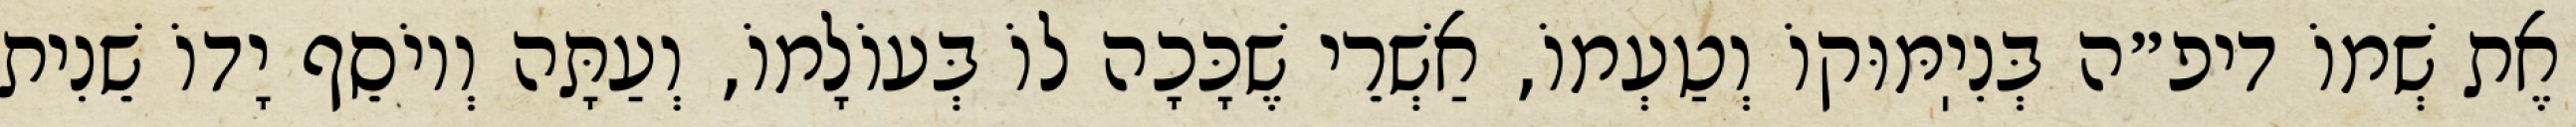
אֶת שְׁמוֹ דיפ״ה בְּנִיֽמּוּקוֹ וְטַעְמוֹ, אַשְׁרֵי שֶׁכָּכָה לוֹ בְּעוֹלָמוֹ, וְעַתָּה וְיוֹסֵף יָדוֹ שֵׁנִית